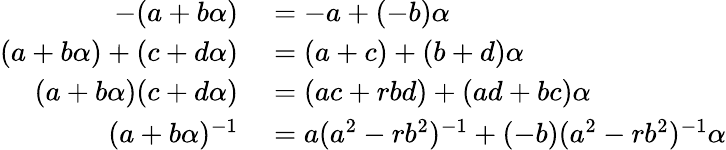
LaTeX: \begin{array}{rl}{-(a+b\alpha)}&{{}=-a+(-b)\alpha}\\ {(a+b\alpha)+(c+d\alpha)}&{{}=(a+c)+(b+d)\alpha}\\ {(a+b\alpha)(c+d\alpha)}&{{}=(ac+rbd)+(ad+bc)\alpha}\\ {(a+b\alpha)^{-1}}&{{}=a(a^{2}-rb^{2})^{-1}+(-b)(a^{2}-rb^{2})^{-1}\alpha}\end{array}